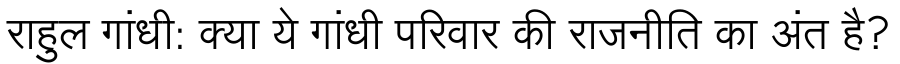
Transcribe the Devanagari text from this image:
राहुल गांधी: क्या ये गांधी परिवार की राजनीति का अंत है?